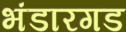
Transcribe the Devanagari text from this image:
भंडारगड